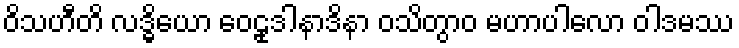
ဝိသဟီတိ လဒ္ဓိယော ဝေဠုဒါနာဒိနာ ဝသိတွာဝ မဟာပါလော ဝါဒမဿ